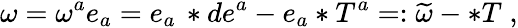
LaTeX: \omega=\omega^{a}e_{a}=e_{a}\, \ast de^{a}-e_{a}\ast T^{a}=:\widetilde{\omega}-\ast T\; ,